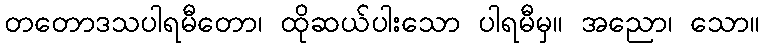
တတောဒသပါရမီတော၊ ထိုဆယ်ပါးသော ပါရမီမှ။ အညော၊ သော။